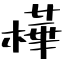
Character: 樺